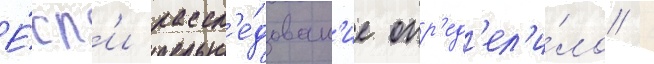
Е́сл'и рассл'е́дован'ие опр'ед'ел'и́ло /